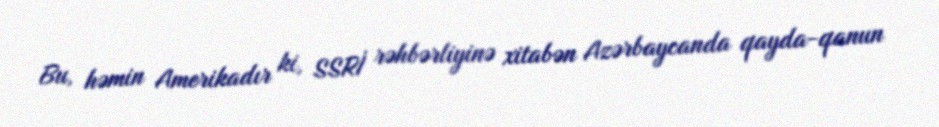
Bu, həmin Amerikadır ki, SSRİ rəhbərliyinə xitabən Azərbaycanda qayda-qanun